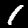
Label: 1